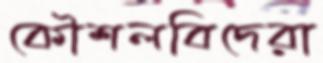
কৌশলবিদেরা